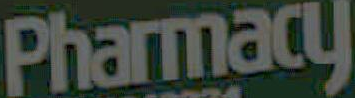
Pharmacy